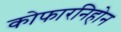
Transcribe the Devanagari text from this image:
कोफारनिहोन